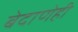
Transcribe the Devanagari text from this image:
बेदाणेही